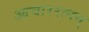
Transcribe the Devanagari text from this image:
आचाररत्नम्